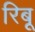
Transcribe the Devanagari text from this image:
रिबू